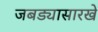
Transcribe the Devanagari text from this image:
जबड्यासारखे